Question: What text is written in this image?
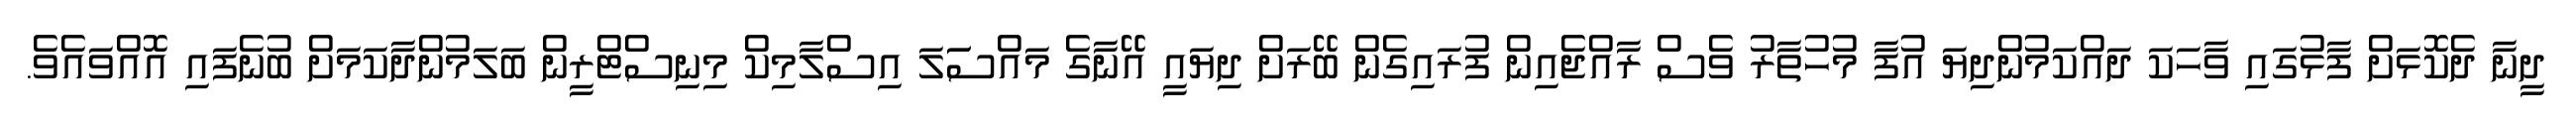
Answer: ދީނާ ދެކޮޅަށް ފާޅުގައި ވާހަކަ ދައްކަމުންދިޔަ އުފާ މުހުތާރު ވެސް ރާއްޖެއިން ފުރައިގެން ބޭރަށް ދިޔައީ އޭނާގެ މައްސަަލަ އިސްލާމިކް މިނިސްޓްރީން ބަލަމުންދާކަމަށް ބުނެފައި އޮއްވައެވެ.